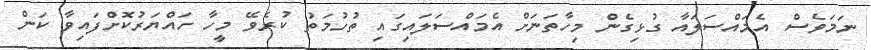
ނަމަވެސް އެމައްސަލައާ ގުޅިގެން މިހާތަނަށް އެމައްސަލައިގައި ތުހުމަތު ކުރެވޭ މީހާ ހައްޔަރުކޮށްފައިވާ ކަން